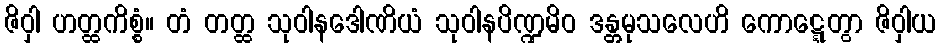
ဇိဝှါ ဟတ္ထကိစ္စံ။ တံ တတ္ထ သုဝါနဒေါဏိယံ သုဝါနပိဏ္ဍမိဝ ဒန္တမုသလေဟိ ကောဋ္ဋေတွာ ဇိဝှါယ